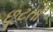
છૂટતો